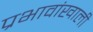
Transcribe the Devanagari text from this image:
प्रभावांखाली